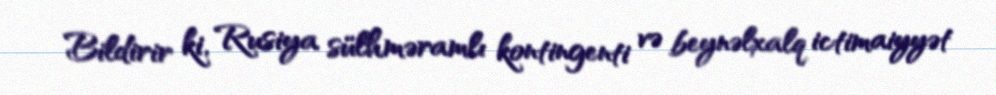
Bildirir ki, Rusiya sülhməramlı kontingenti və beynəlxalq ictimaiyyət